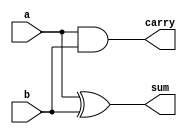
//Semisumador de dos entradas de 1 bit realizado a partir de puertas

module ha_v1(output wire sum, output wire carry, input wire a, input wire b);

//Declaracin de conexiones internas: no hay ninguna

//Estructura interna: Instancias de puertas y sus conexiones

xor xor1(sum, a, b);
and and1(carry, a, b);

endmodule